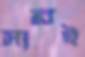
সারই